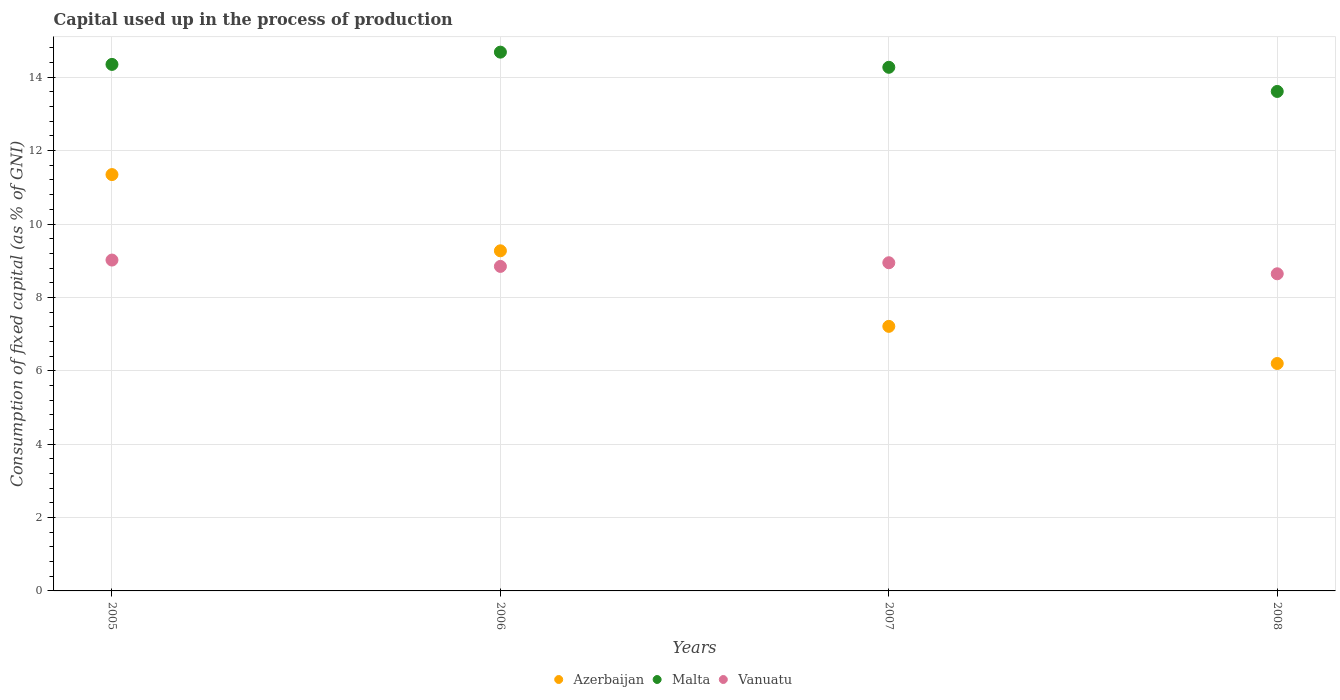
| Years | Azerbaijan | Malta | Vanuatu |
 | --- | --- | --- | --- |
 | 2005 | 11.3 | 14.3 | 9.02 |
 | 2006 | 9.27 | 14.7 | 8.84 |
 | 2007 | 7.21 | 14.3 | 8.94 |
 | 2008 | 6.2 | 13.6 | 8.64 |